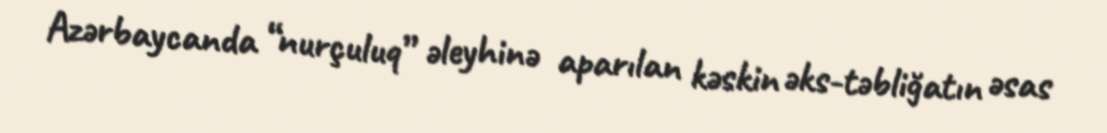
Azərbaycanda “nurçuluq” əleyhinə aparılan kəskin əks-təbliğatın əsas